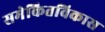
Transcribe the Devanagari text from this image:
समेकितविकास